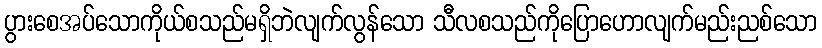
ပွားစေအပ်သောကိုယ်စသည်မရှိဘဲလျက်လွန်သော သီလစသည်ကိုပြောဟောလျက်မည်းညစ်သော